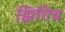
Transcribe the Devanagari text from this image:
झिगिच